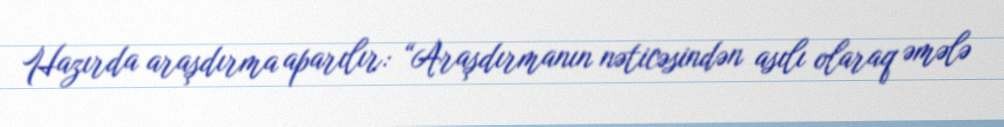
Hazırda araşdırma aparılır: “Araşdırmanın nəticəsindən asılı olaraq əmələ